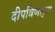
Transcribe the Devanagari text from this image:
दीपविणार्‍या